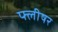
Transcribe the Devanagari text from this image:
फ्लीषर